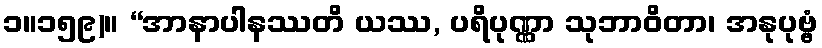
၁။၁၅၉)။ “အာနာပါနဿတိ ယဿ, ပရိပုဏ္ဏာ သုဘာဝိတာ၊ အနုပုဗ္ဗံ